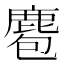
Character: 麅